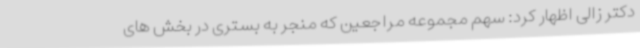
دکتر زالی اظهار کرد: سهم مجموعه مراجعین که منجر به بستری در بخش های